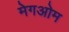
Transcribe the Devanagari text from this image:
मेगओम